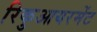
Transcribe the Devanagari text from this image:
रिकुआयरमेंट